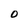
Character: 0